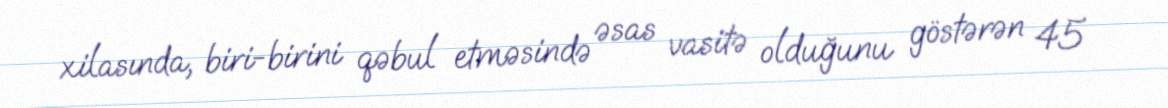
xilasında, biri-birini qəbul etməsində əsas vasitə olduğunu göstərən 45